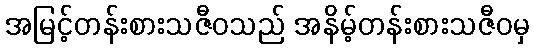
အမြင့်တန်းစားသဇီဝသည် အနိမ့်တန်းစားသဇီဝမှ